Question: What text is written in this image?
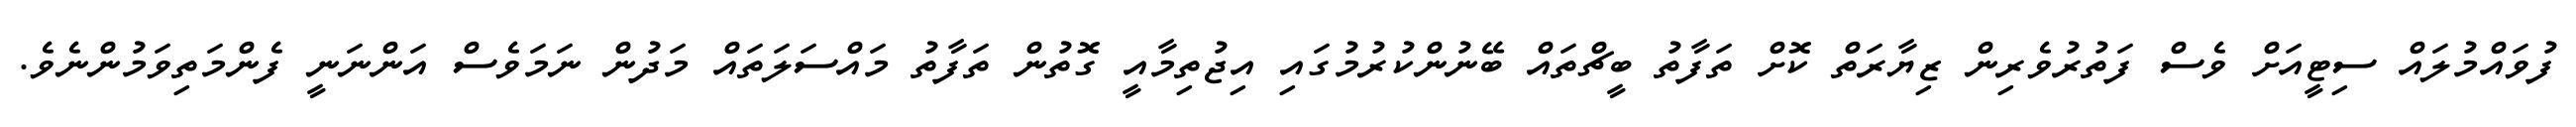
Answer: ފުވައްމުލައް ސިޓީއަށް ވެސް ފަތުރުވެރިން ޒިޔާރަތް ކޮށް ތަފާތު ބީޗްތައް ބޭނުންކުރުމުގައި އިޖުތިމާއީ ގޮތުން ތަފާތު މައްސަލަތައް މަދުން ނަމަވެސް އަންނަނީ ފެންމަތިވަމުންނެވެ.